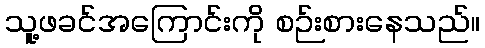
သူ့ဖခင်အကြောင်းကို စဉ်းစားနေသည်။